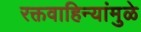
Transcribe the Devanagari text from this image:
रक्तवाहिन्यांमुळे